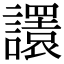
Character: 𧭴